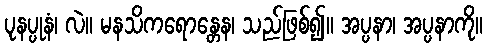
ပုနပ္ပုနံ၊ လဲ။ မနသိကရောန္တေန၊ သည်ဖြစ်၍။ အပ္ပနာ၊ အပ္ပနာကို။